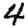
Digit: 4